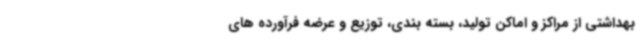
بهداشتی از مراکز و اماکن تولید، بسته بندی، توزیع و عرضه فرآورده های